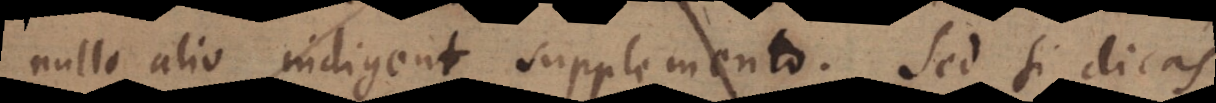
nullo alio indigent supplemento. Sed si dicas